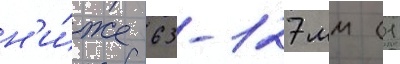
н'и́же 63-127 мм (1